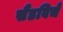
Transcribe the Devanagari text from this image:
सैंडविचें